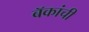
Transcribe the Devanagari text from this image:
बॅकांची